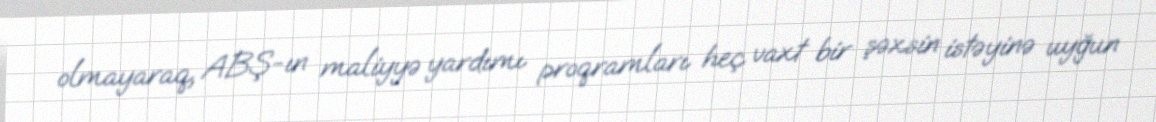
olmayaraq, ABŞ-ın maliyyə yardımı proqramları heç vaxt bir şəxsin istəyinə uyğun